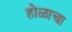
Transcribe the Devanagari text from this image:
होळाचा